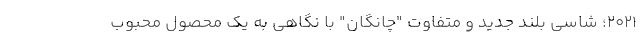
2021؛ شاسی بلند جدید و متفاوت "چانگان" با نگاهی به یک محصول محبوب